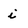
Character: i